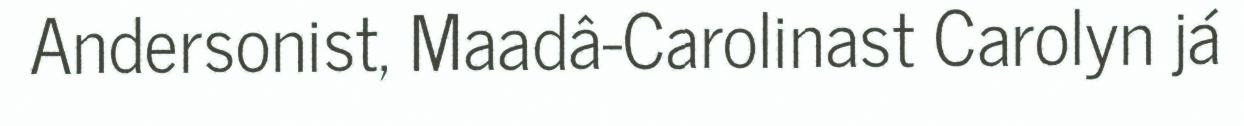
Andersonist, Maadâ-Carolinast Carolyn já